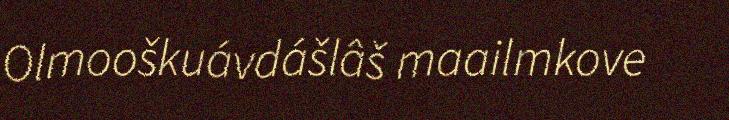
Olmooškuávdášlâš maailmkove